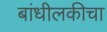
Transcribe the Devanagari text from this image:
बांधीलकीचा